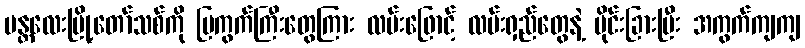
မန္တလေးမြို့တော်သစ်ကို ပြကွက်ကြီးတွေကြား လမ်းဖြောင့် လမ်းရှည်တွေနဲ့ ပိုင်းခြားပြီး အကွက်ကျကျ